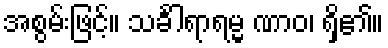
အစွမ်းဖြင့်။ သင်္ခါရာရမ္မ ဏာဝ၊ ရှိ၏။